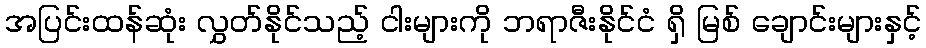
အပြင်းထန်ဆုံး လွှတ်နိုင်သည့် ငါးများကို ဘရာဇီးနိုင်ငံ ရှိ မြစ် ချောင်းများနှင့်